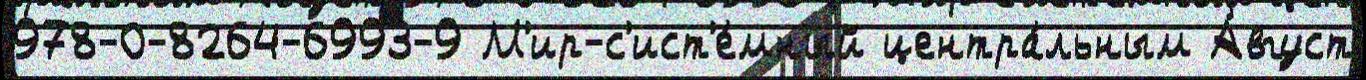
978-0-8264-6993-9 М'ир-с'ист'е́мный центра́льным А́вгуст